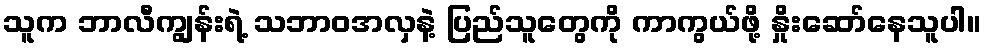
သူက ဘာလီကျွန်းရဲ့ သဘာဝအလှနဲ့ ပြည်သူတွေကို ကာကွယ်ဖို့ နှိုးဆော်နေသူပါ။